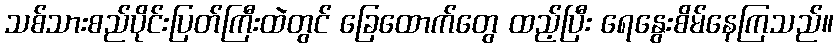
သစ်သားစည်ပိုင်းပြတ်ကြီးထဲတွင် ခြေထောက်တွေ ထည့်ပြီး ရေနွေးစိမ်နေကြသည်။